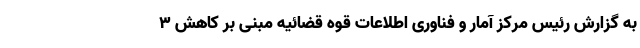
به گزارش رئیس مرکز آمار و فناوری اطلاعات قوه قضائیه مبنی بر کاهش 3